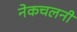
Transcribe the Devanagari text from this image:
नेकचलनी